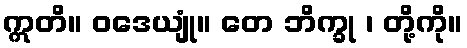
ဣတိ။ ဝဒေယျုံ။ တေ ဘိက္ခု ၊ တို့ကို။